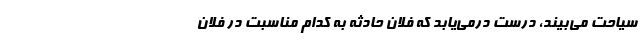
سیاحت می‌بیند، درست درمی‌یابد که فلان حادثه به کدام مناسبت در فلان